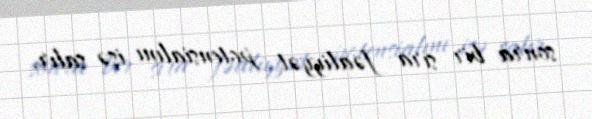
sonra bir sıra fəaliyyət potensialını işə salır.